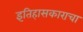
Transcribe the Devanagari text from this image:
इतिहासकाराचा